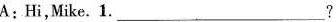
A:Hi,Mike.1.___？